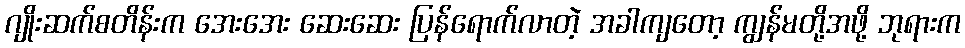
ဂျိုးဆက်စတိန်းက အေးအေး ဆေးဆေး ပြန်ရောက်လာတဲ့ အခါကျတော့ ကျွန်မတို့အဖို့ ဘုရားက